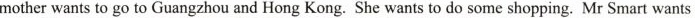
mother wants to go to Guangzhou and Hong Kong. She wants to do some shopping. Mr Smart wants